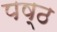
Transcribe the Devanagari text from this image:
पष्ठ